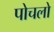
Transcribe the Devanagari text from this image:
पोचलो